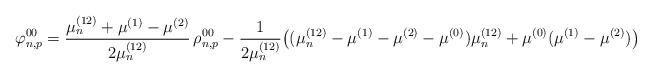
\begin{align*}\varphi^{00}_{n,p}= \frac{\mu_n^{(12)}+\mu^{(1)}-\mu^{(2)}}{2\mu_n^{(12)}} \,\rho^{00}_{n,p}- \frac{1}{2\mu_n^{(12)}} \big( (\mu_n^{(12)}-\mu^{(1)}-\mu^{(2)}-\mu^{(0)})\mu_n^{(12)} + \mu^{(0)}(\mu^{(1)}-\mu^{(2)}) \big)\end{align*}